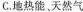
C.地热能，天然气